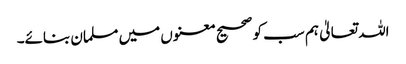
اللہ تعالیٰ ہم سب کو صحیح معنوں میں مسلمان بنائے۔